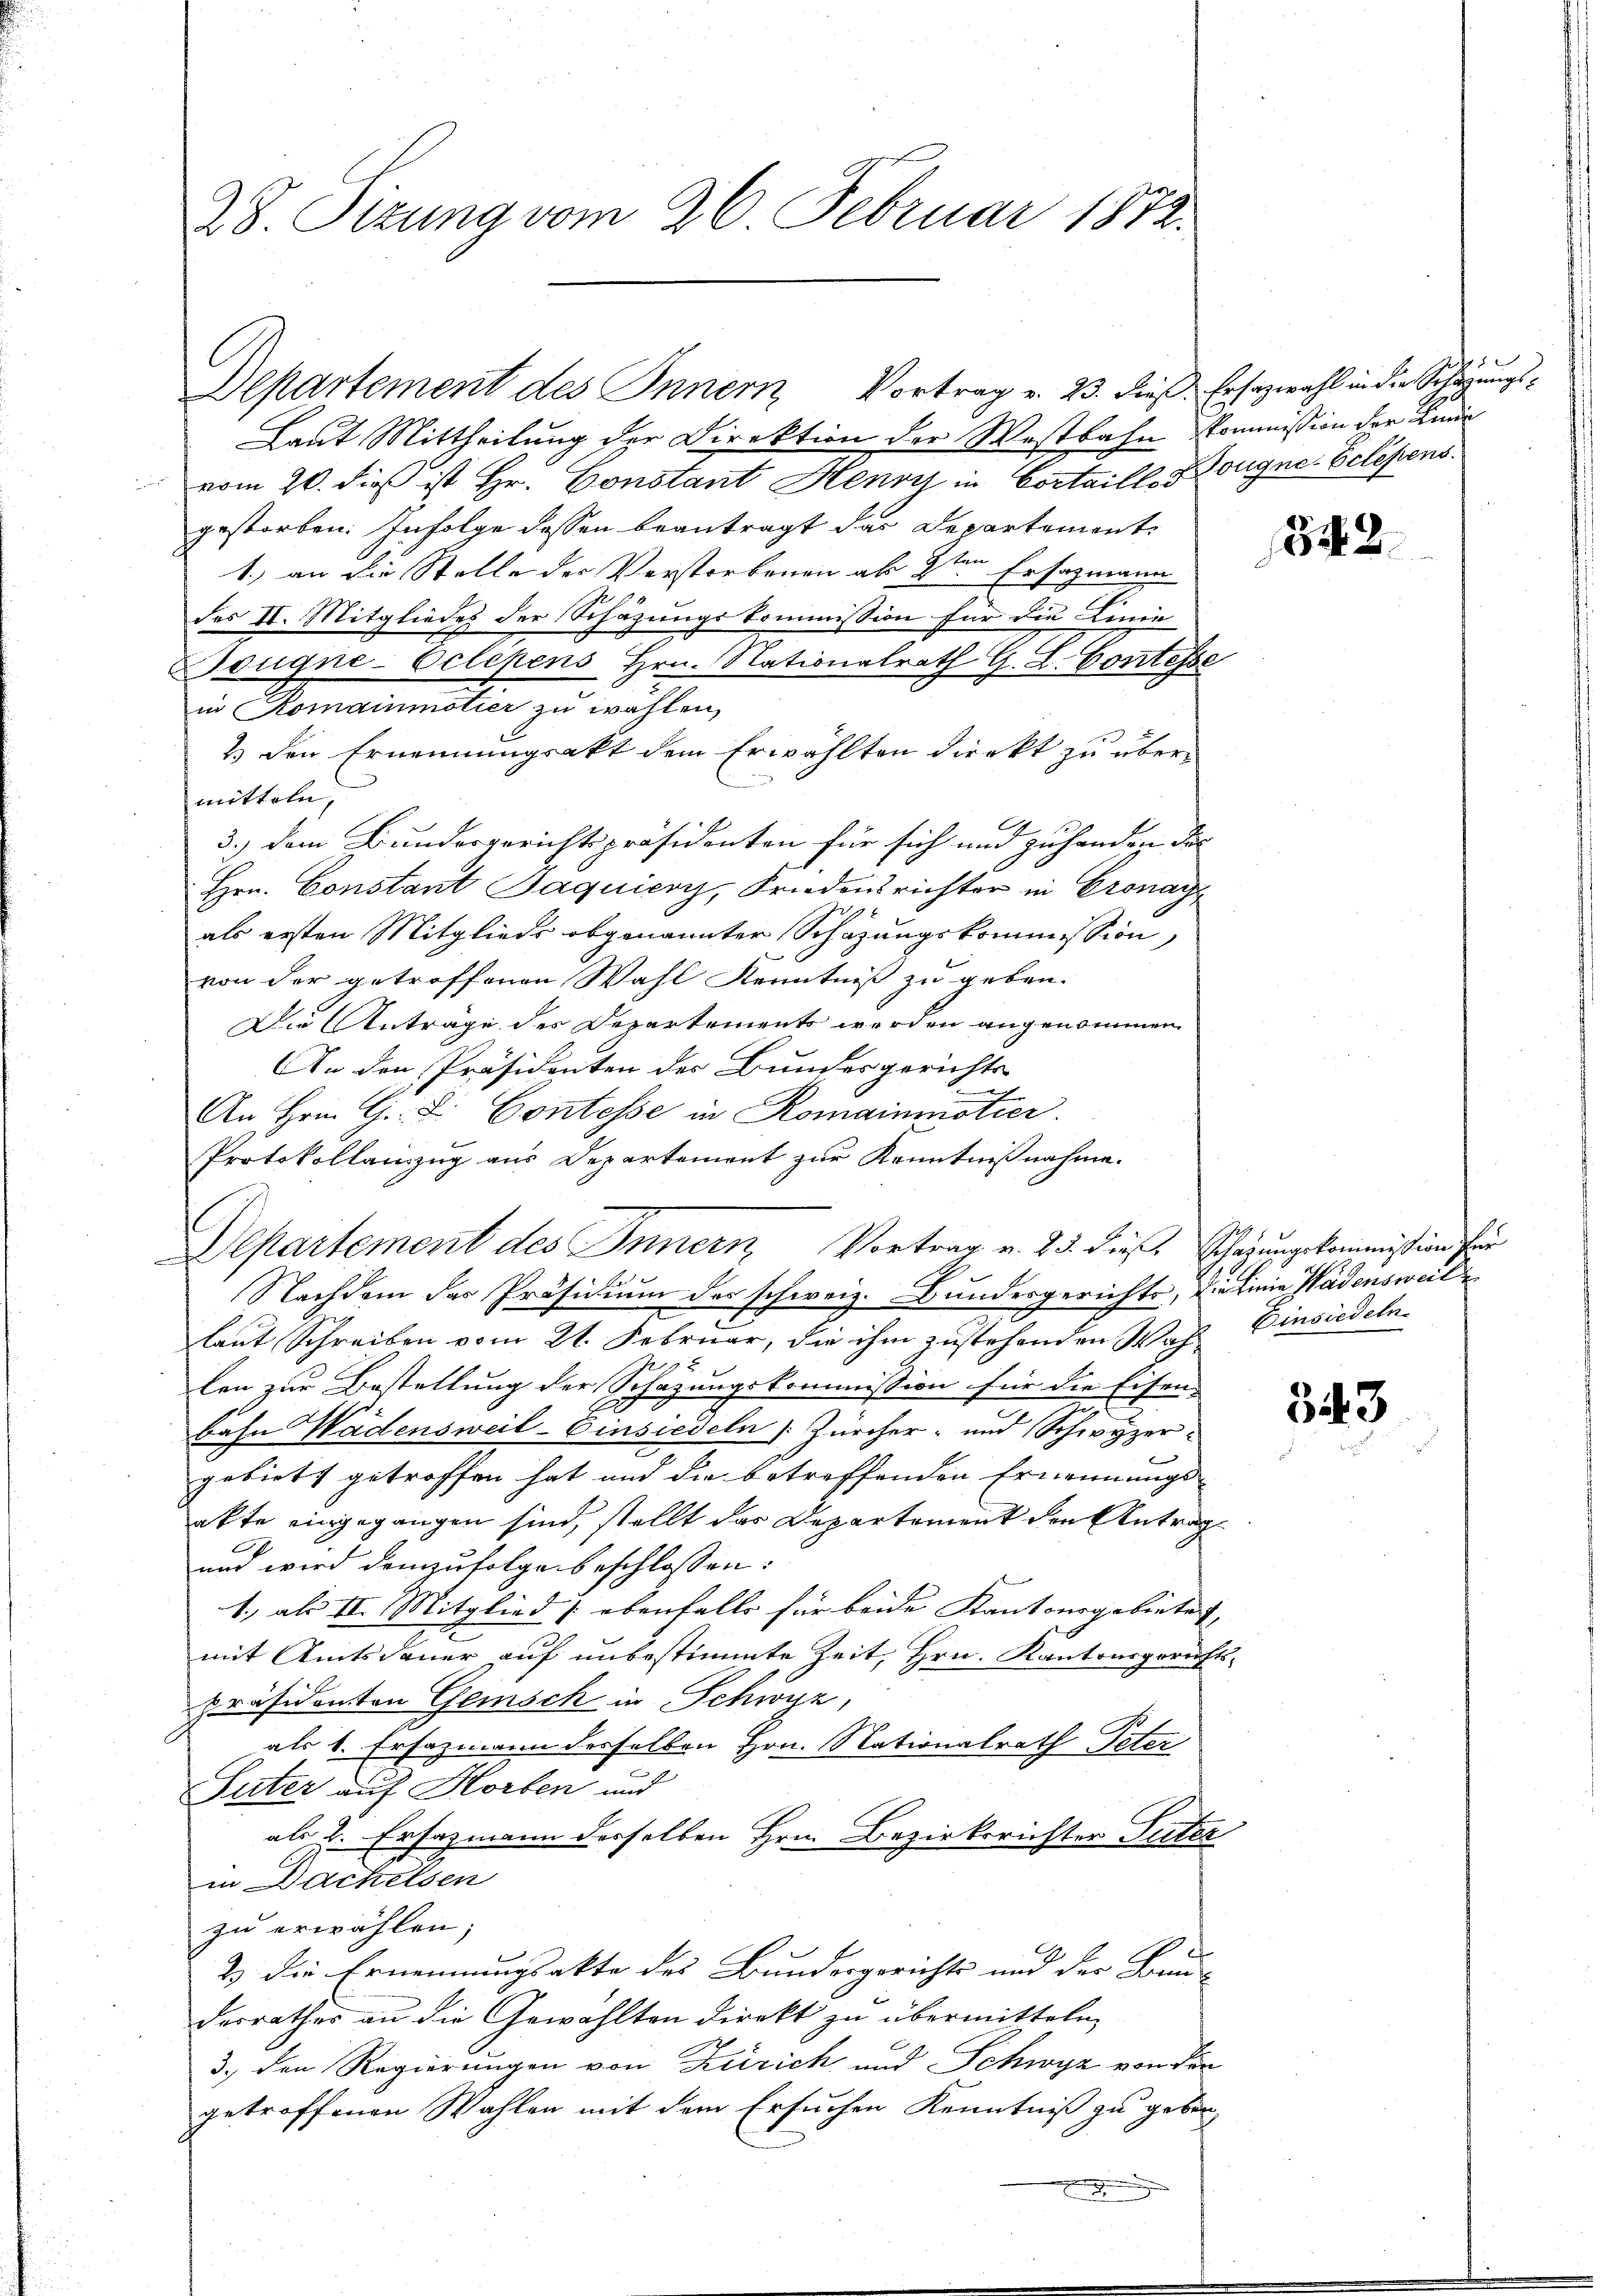
28. Sizung vom 26. Februar 1872.

Laut Mittheilung der Direktion der Westbahn Kommission der Kinde
vom 20. dieß ist Hr. Constant Henry in Cortaill, Bougne. Belesens.
gestorben. Infolge dessen beantragt das Departement
1.) an die Stelle der Verstorbenen ab 2ten Ersazmann
des II. Mitgliedes der Schazungskommission für die Linie
Bougne-Eclepens Hrn. Nationalrath G. L. Contesse
in Romainmotier zu wählen,
2) den Ernennungsakt dem Erwählten direkt zu übermitteln,
C
3.) Dem Bundesgerichtspräsidenten für sich und zuhanden der
Hrn. Constant Jaquiery, Friedensrichter in Cronay
als ersten Mitgliede obgenannter Schazungskommission,
von der getroffenen Wahl Kenntniß zu geben.
Die Antrage des Departements werden angenommen
An den Präsidenten des Bundesgerichts
An Hrn. G. L. Contesse in Romainmotier.
Protokollanzug aus Departement zur Kenntnißnahme.
Departement des Innern Vortrag v. 25. dies Schazungskommission fre
Nachdem das Präsidium des schweiz. Bundesgerichte, die Linie Wadensweil
laut Schreiben vom 21. Februar, die ihm zustehenden Wahl Einsiedeln.
 x
len zur Bestellung der Schazungskommission für die Eisen-
n
bahn Wädensweil–Einsiedeln [Zürcher- und Schwyzer
gebiets getroffen hat und die betreffenden Ernennungs-
afte eingegangen sind, stellt das Departement den Antrag
und wird demzufolge beschlossen:
1., als II. Mitglied [ ebenfalls für beide Kantonsgebietet,
mit Amtsdauer auf unbestimmte Zeit, Hrn. Kantonsgerichts-
präsidenten Gemisch in Schwyz,
als 1. Ersazmann derselben Hrn. Nationalrath Peter
Suter auf Horben und
als 2. Ersazmann derselben Hrn. Bezirksrichter Suter
in Dachelsen
zu erwählen;
2 die Ernennungsakte des Bundesgerichts und der Brau-
derrathes an die Gewählten direkt zu übermitteln,
3., den Regierungen von Zürich und Schwyz von der
getroffenen Wahlen mit dem Ersuchen Kenntniß zu geben,
e

Departement des Innern Vortrag v. 23. dieß: Ersezwahl in die Schätzungs¬

342.

343